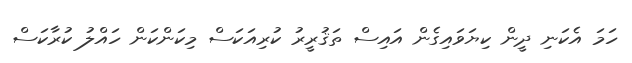
ހަމަ އެކަނި ދީން ކިޔަވައިގެން އައިސް ތަޤުރީރު ކުރިއަކަސް މިކަންކަން ހައްލު ކުރާކަސް